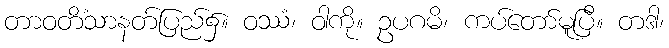
တာဝတိံသာနတ်ပြည်၌။ ဝဿံ၊ ဝါကို။ ဥပဂမိ၊ ကပ်တော်မူပြီ။ တဒါ၊